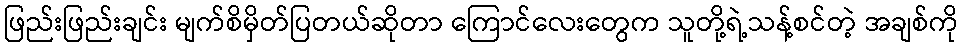
ဖြည်းဖြည်းချင်း မျက်စိမှိတ်ပြတယ်ဆိုတာ ကြောင်လေးတွေက သူတို့ရဲ့သန့်စင်တဲ့ အချစ်ကို